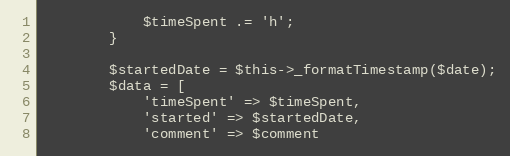
Language: PHP
            $timeSpent .= 'h';
        }

        $startedDate = $this->_formatTimestamp($date);
        $data = [
            'timeSpent' => $timeSpent,
            'started' => $startedDate,
            'comment' => $comment